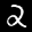
Label: 2